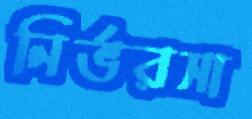
নির্ভরসা